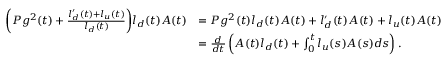
\begin{array} { r l } { \bigg ( P g ^ { 2 } ( t ) + \frac { l _ { d } ^ { \prime } ( t ) + l _ { u } ( t ) } { l _ { d } ( t ) } \bigg ) l _ { d } ( t ) A ( t ) } & { = P g ^ { 2 } ( t ) l _ { d } ( t ) A ( t ) + l _ { d } ^ { \prime } ( t ) A ( t ) + l _ { u } ( t ) A ( t ) } \\ & { = \frac { d } { d t } \left( A ( t ) l _ { d } ( t ) + \int _ { 0 } ^ { t } l _ { u } ( s ) A ( s ) d s \right) . } \end{array}